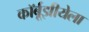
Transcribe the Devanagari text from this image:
कॉर्बूझीयेला